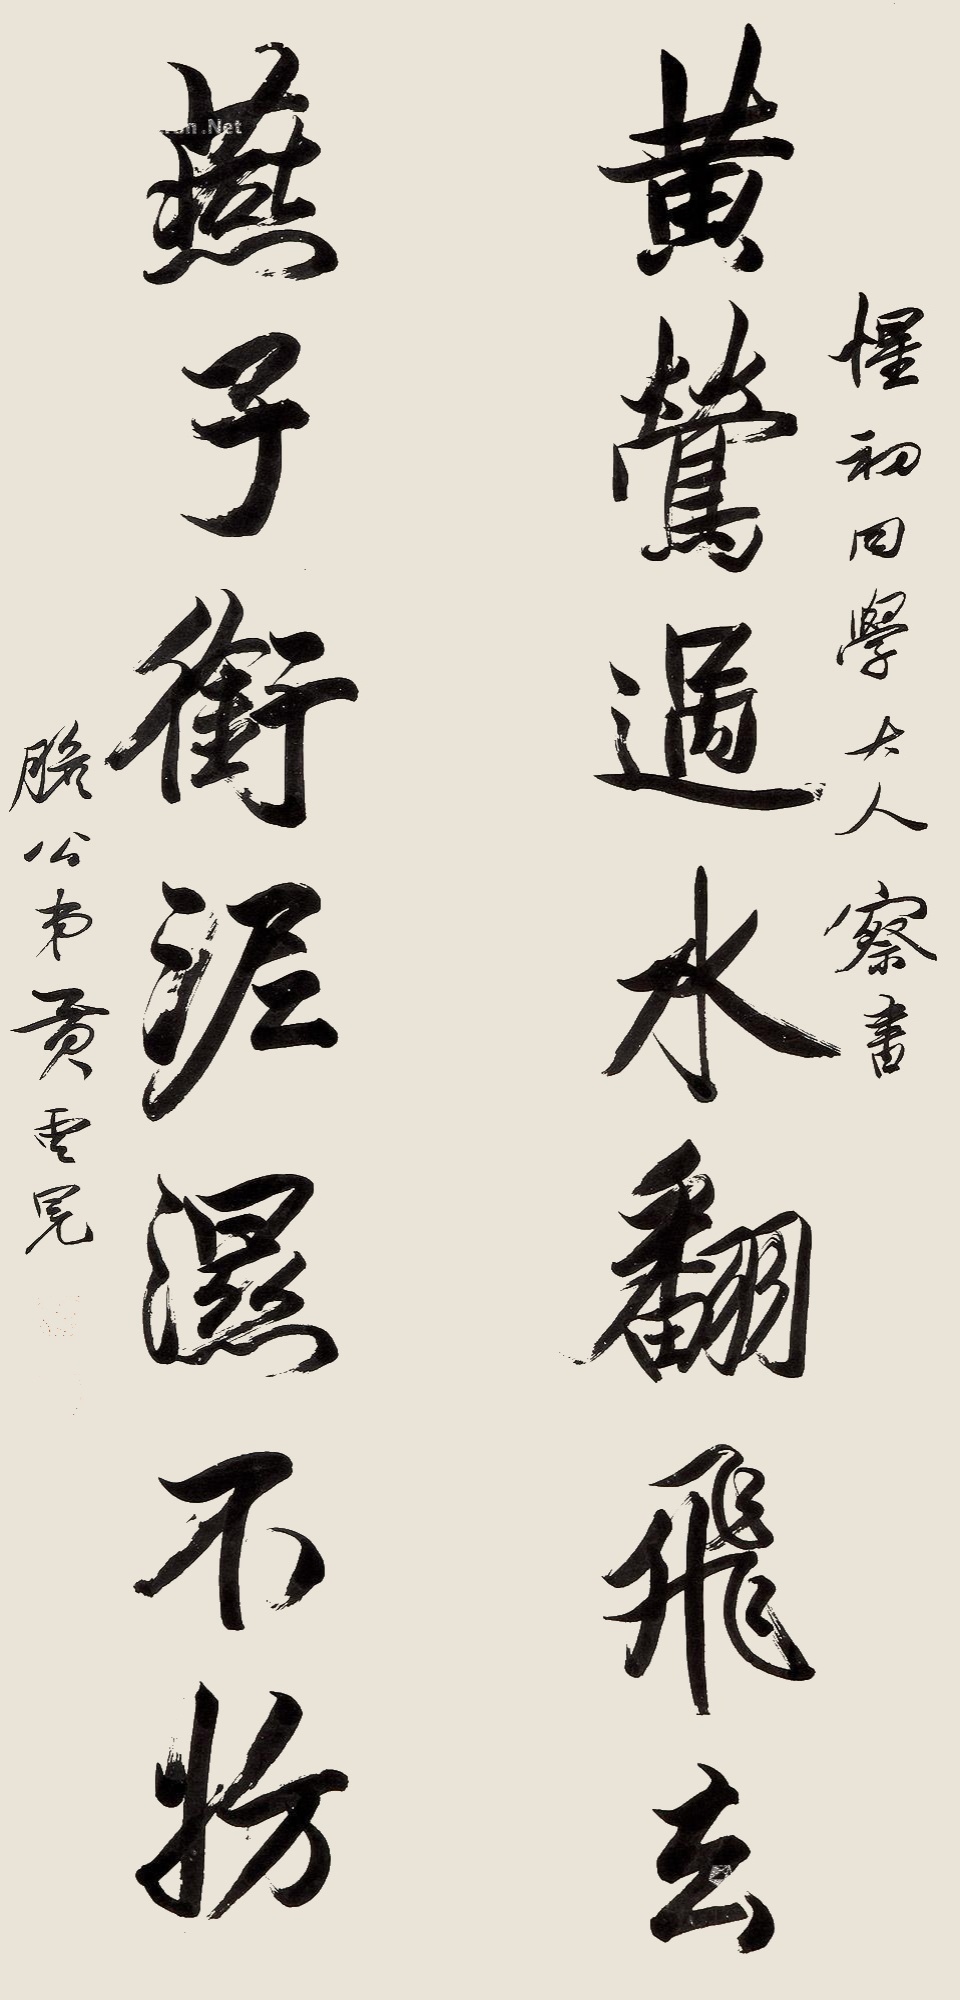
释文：黄莺过水翻飞去，燕子衔泥湿不妨。惺初同学大人察书，胆公弟黄云冕。